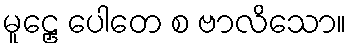
မူဠှေ ပေါတေ စ ဗာလိသော။